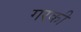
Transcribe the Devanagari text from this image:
गरकी